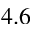
4 . 6